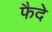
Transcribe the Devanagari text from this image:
फैदे